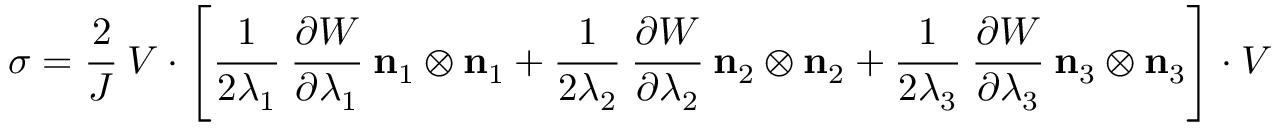
{ \boldsymbol { \sigma } } = { \cfrac { 2 } { J } } ~ { \boldsymbol { V } } \cdot \left[ { \cfrac { 1 } { 2 \lambda _ { 1 } } } ~ { \cfrac { \partial W } { \partial \lambda _ { 1 } } } ~ \mathbf { n } _ { 1 } \otimes \mathbf { n } _ { 1 } + { \cfrac { 1 } { 2 \lambda _ { 2 } } } ~ { \cfrac { \partial W } { \partial \lambda _ { 2 } } } ~ \mathbf { n } _ { 2 } \otimes \mathbf { n } _ { 2 } + { \cfrac { 1 } { 2 \lambda _ { 3 } } } ~ { \cfrac { \partial W } { \partial \lambda _ { 3 } } } ~ \mathbf { n } _ { 3 } \otimes \mathbf { n } _ { 3 } \right] \cdot { \boldsymbol { V } }